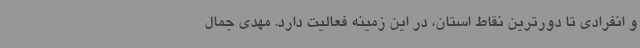
و انفرادی تا دورترین نقاط استان، در این زمینه فعالیت دارد. مهدی جمال